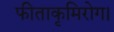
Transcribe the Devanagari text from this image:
फीताकृमिरोग।